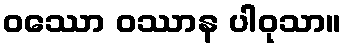
ဝဿော ဝဿာန ပါဝုသာ။